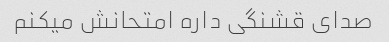
صدای قشنگی داره امتحانش میکنم